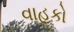
વાહકો